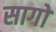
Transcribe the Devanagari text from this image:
सागो